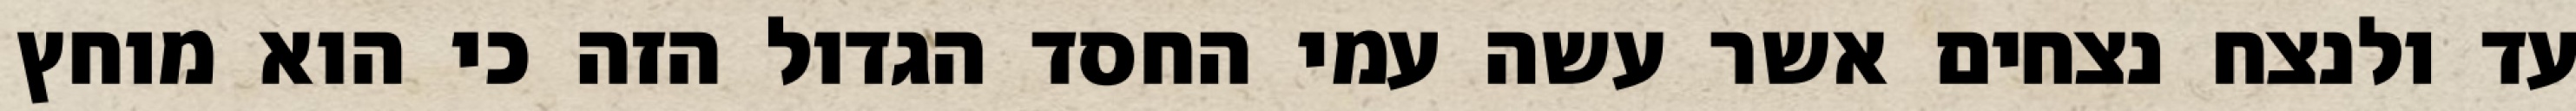
עד ולנצח נצחים אשר עשה עמי החסד הגדול הזה כי הוא מוחץ